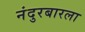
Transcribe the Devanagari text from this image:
नंदुरबारला